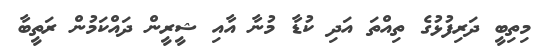
މިތިބީ ދަރިފުޅުގެ ތިއްތަ އަދި ކުޑާ މުނާ އާއި ޝީރީން ދައްކަމުން ރަތީބާ